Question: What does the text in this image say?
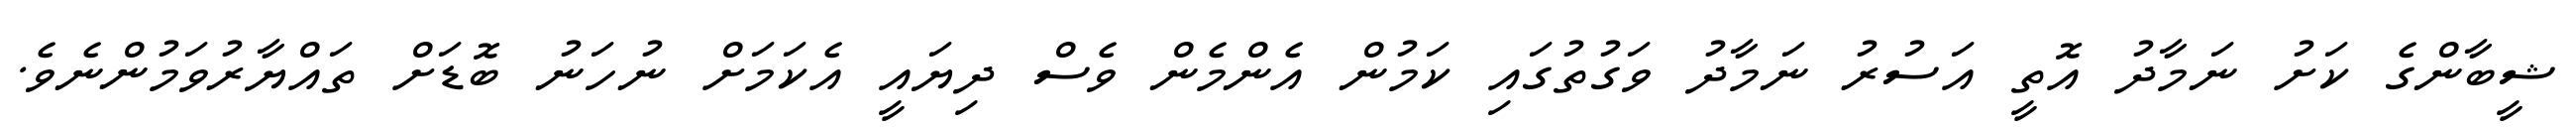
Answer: ޝީބާންގެ ކަށު ނަމާދު އޮތީ އަސުރު ނަމާދު ވަގުތުގައި ކަމުން އެންމެން ވެސް ދިޔައީ އެކަމަށް ނުހަނު ބޮޑަށް ތައްޔާރުވަމުންނެވެ.